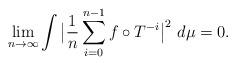
LaTeX: \begin{align*}\lim_{n \rightarrow \infty} \int \big{|}\frac{1}{n} \sum_{i = 0}^{n-1} f \circ T^{-i} \big{|}^{2} \ d\mu = 0.\end{align*}